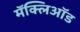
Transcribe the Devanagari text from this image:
मॅक्लिऑड